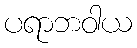
ပရာဘဝါယ